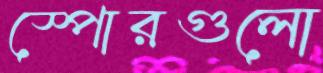
স্পোরগুলো